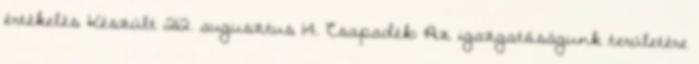
értékelés Készült 212. augusztus 14. Csapadék: Az igazgatóságunk területére